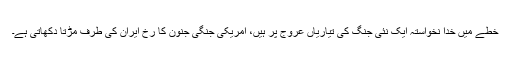
خطے میں خدا نخواستہ ایک نئی جنگ کی تیاریاں عروج پر ہیں، امریکی جنگی جنون کا رخ ایران کی طرف مڑتا دکھاتی ہے۔